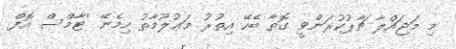
މި މަޖައްލާ ޗާޕުކުރަންވީ ގޮތާ ބެހޭ އިތުރު މަޢުލޫމާތު ހިމެނޭ 'ޓާމްސް އޮފް